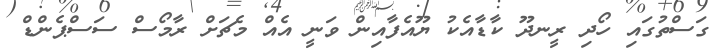
ގަސްތުގައި ހޯދި ރީނދޫ ކާޑާއެކު ޔޫއެފާއިން ވަނީ އެއް މެޗަށް ރާމޯސް ސަސްޕެންޑް